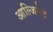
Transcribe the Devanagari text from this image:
आल्जिनेट